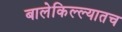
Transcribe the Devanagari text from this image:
बालेकिल्ल्यातच